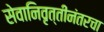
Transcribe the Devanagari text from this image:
सेवानिवृत्तीनंतरचा